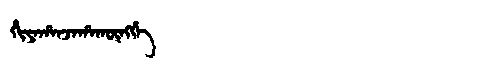
Manchu: ᡥᡳᠶᠠᡥᠠᠨᠵᠠᡥᠠᡴᡡᠩᡤᡝ
Romanization: HIYAHANJAHAKŪNGGE